Annual report on the Civil Veterinary Department, Burma (including the Insein Veterinary School) - 1932-1941
Year: 1932
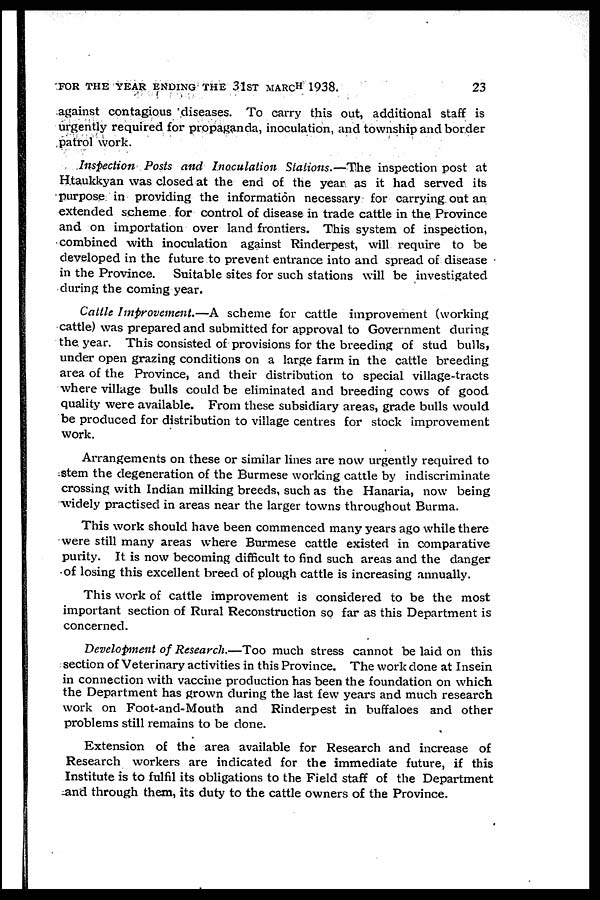
FOR THE YEAR ENDING THE 31ST MARCH 1938.
23
against contagious diseases. To carry this out, additional staff is
urgently required for propaganda, inoculation, and township and border
patrol work.
Inspection Posts and Inoculation Stations.—The inspection post at
Htaukkyan was closed at the end of the year as it had served its
purpose in providing the information necessary for carrying out an
extended scheme for control of disease in trade cattle in the Province
and on importation over land frontiers. This system of inspection,
combined with inoculation against Rinderpest, will require to be
developed in the future to prevent entrance into and spread of disease
in the Province. Suitable sites for such stations will be investigated
during the coming year.
Cattle Improvement.—A scheme for cattle improvement (working
cattle) was prepared and submitted for approval to Government during
the year. This consisted of provisions for the breeding of stud bulls,
under open grazing conditions on a large farm in the cattle breeding
area of the Province, and their distribution to special village-tracts
where village bulls could be eliminated and breeding cows of good
quality were available. From these subsidiary areas, grade bulls would
be produced for distribution to village centres for stock improvement
work.
Arrangements on these or similar lines are now urgently required to
stem the degeneration of the Burmese working cattle by indiscriminate
crossing with Indian milking breeds, such as the Hanaria, now being
widely practised in areas near the larger towns throughout Burma.
This work should have been commenced many years ago while there
were still many areas where Burmese cattle existed in comparative
purity. It is now becoming difficult to find such areas and the danger
of losing this excellent breed of plough cattle is increasing annually.
This work of cattle improvement is considered to be the most
important section of Rural Reconstruction so far as this Department is
concerned.
Development of Research.—Too much stress cannot be laid on this
section of Veterinary activities in this Province. The work done at Insein
in connection with vaccine production has been the foundation on which
the Department has grown during the last few years and much research
work on Foot-and-Mouth and Rinderpest in buffaloes and other
problems still remains to be done.
Extension of the area available for Research and increase of
Research workers are indicated for the immediate future, if this
Institute is to fulfil its obligations to the Field staff of the Department
and through them, its duty to the cattle owners of the Province.